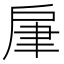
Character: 肁